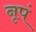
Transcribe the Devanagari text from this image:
नृपं